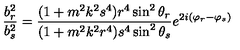
\frac { b _ { r } ^ { 2 } } { b _ { s } ^ { 2 } } = \frac { ( 1 + m ^ { 2 } k ^ { 2 } s ^ { 4 } ) r ^ { 4 } \sin ^ { 2 } \theta _ { r } } { ( 1 + m ^ { 2 } k ^ { 2 } r ^ { 4 } ) s ^ { 4 } \sin ^ { 2 } \theta _ { s } } e ^ { 2 i ( \varphi _ { r } - \varphi _ { s } ) }